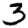
Digit: 3